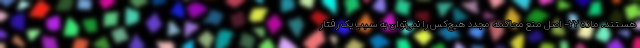
هستند. ماده ۲۲- اصل منع محاکمه مجدد هیچ‌کس را نمی‌توان به سبب یک رفتار